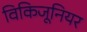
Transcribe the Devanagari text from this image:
विकिजूनियर